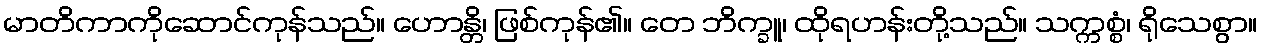
မာတိကာကိုဆောင်ကုန်သည်။ ဟောန္တိ၊ ဖြစ်ကုန်၏။ တေ ဘိက္ခူ၊ ထိုရဟန်းတို့သည်။ သက္ကစ္စံ၊ ရိုသေစွာ။